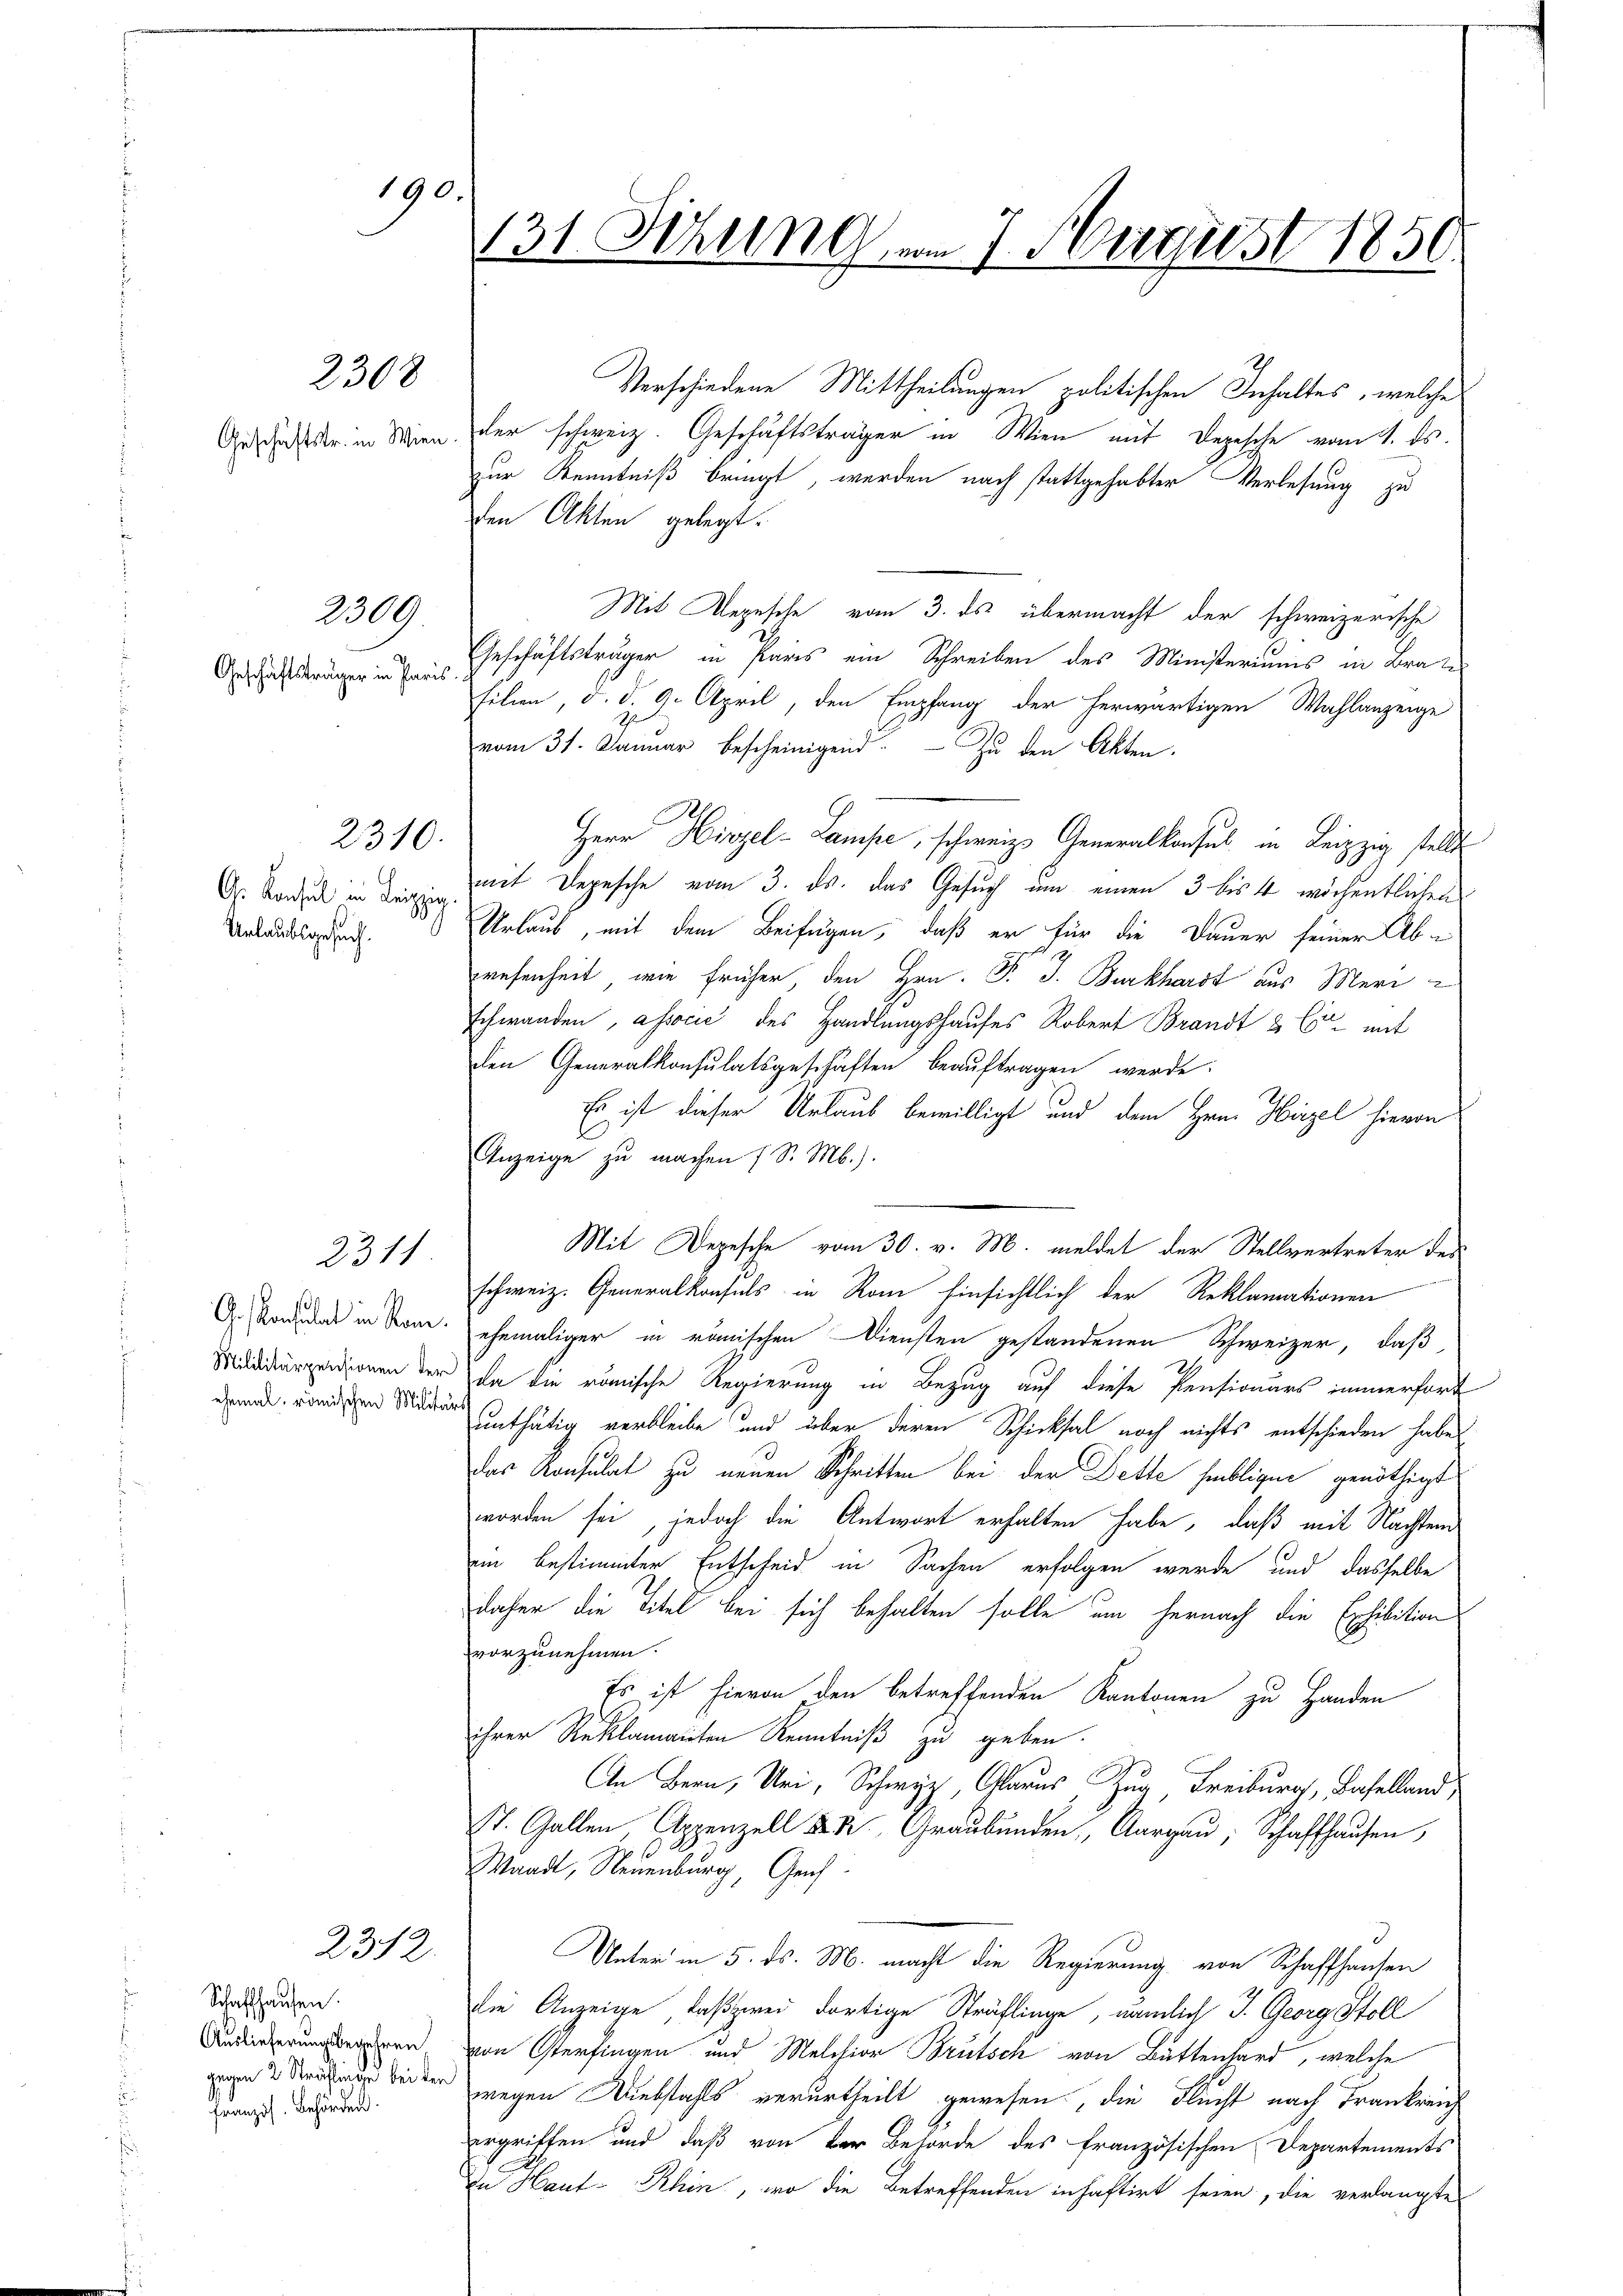
190.

2300

2309

Geschäftsträger in Paris.

2310.

Gs. Konsul in Leipz
Urlaubsgesuch.

2311

Ges Konsulat in Sone
Mililitärpensionen de
ehemal, römischen Milit

2312.

Schaffhausen.
Auslieferungsbegehren
 ehren.

Verschiedene Mittheilungen politischen Inhaltes, welche
Geschieder in Wien der schweiz. Geschäftsträger in Wien mit Depesche vom 1. ds.
zur Kenntniß bringt, werden nach stattgehabter Verlesung zu
den Akten gelegt.
Mit Depesche vom 3. ds. übermacht der schweizerische
Geschäftsträger in Paris ein Schreiben des Ministeriums in Brat
filien, d. d. 9. April, den Empfang der herwärtigen Wahlanzeige
vom 31. Januar bescheinigend. Zu den Akten.
Herr Hirzel-Lampe, schweiz. Generalkonsul in Leipzig stellte
mit Depesche vom 3. ds. das Gesuch um einen 3 bis 4 wöchentlichen
i
Urlaub, mit dem Beifügen, daß er für die Dauer seiner Ab-
resenheit, wie früher, den Hrn. P. J. Burkhardt aus Mari
schwanden, associé des Handlungshauses Robert Brandt & Cor mit
den Generalkonsulatsgeschäften beauftragen werde:
Es ist dieser Urlaub bewilligt und dem Hrn. Hirzel hievon
Anzeige zu machen (S. M.).
Mit Depesche vom 30. v. M. meldet der Stellvertreter des
schweiz. Generalkonsuls in Rom hinsichtlich der Reklamationen
r
ehemaliger in römischen Diensten gestandenen Schweizer, daß
a. Da die römische Regierung in Bezug auf diese Pensionärs immerford
 enthätig verbleibe und über deren Schicksal noch nichts entschieden habes
das Konsulat zu neuen Schritten bei der Dette hebligen genöthigt
worden sei, jedoch die Antwort erhalten habe, daß mit Nachten
im bestimmter Entscheid in Sachen erfolgen werde, und dasselbe
daher die Titel bei sich behalten solle, um hernach die Exhibition
vorzunehmen.
Es ist hievon den betreffenden Kantonen zu Handen
ihrer Reklamanten Kenntniß zu geben.
n Bern, Uri, Schwyz Glarus, Zug, Freiburg, Baselland,
t. Gallen Appenzell Graubünden, Aargau, Schaffhausen,
Waadt, Neuenburg, Genf
Unter in 5. ds. M. macht die Regierung von Schaffhausen
die Anzeige, daß zwei dortige Sträflinge, nämlich J. Georg Stoll
von Osterfingen und Melchior Brütsch von Buttenhard, welche
 weiter wegen Diebstahls verurtheilt gewesen, die Flucht nach Frankreich
ergriffen und daß von der Behörde des französischen Departements
In Haut- Rhin, wo die betreffenden inhaftirt seien, die verlangte

131. Sitzung, vom 7. August 1850.